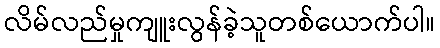
လိမ်လည်မှုကျူးလွန်ခဲ့သူတစ်ယောက်ပါ။